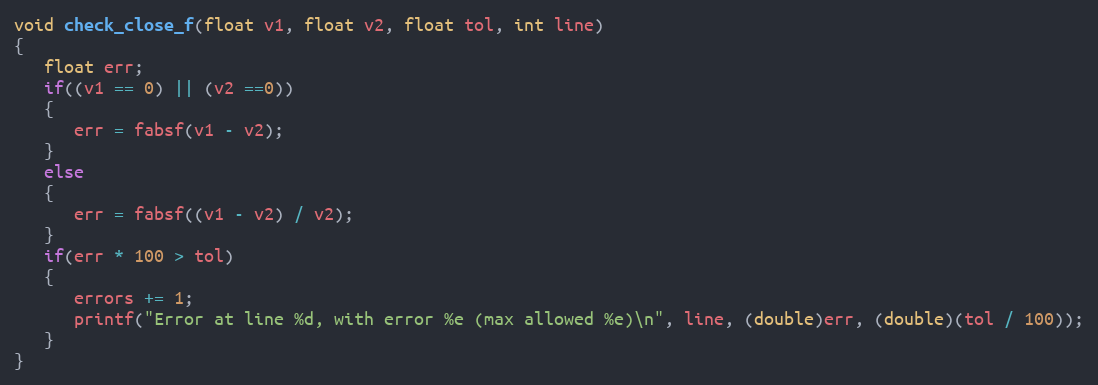
Language: C
void check_close_f(float v1, float v2, float tol, int line)
{
   float err;
   if((v1 == 0) || (v2 ==0))
   {
      err = fabsf(v1 - v2);
   }
   else
   {
      err = fabsf((v1 - v2) / v2);
   }
   if(err * 100 > tol)
   {
      errors += 1;
      printf("Error at line %d, with error %e (max allowed %e)\n", line, (double)err, (double)(tol / 100));
   }
}